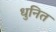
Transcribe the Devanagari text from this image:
धुनित